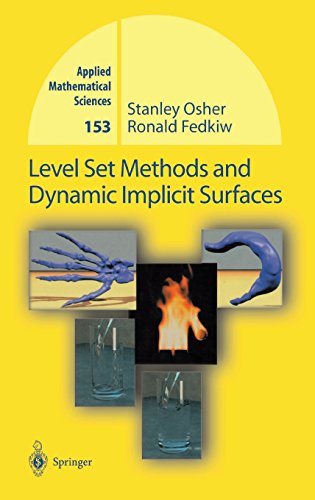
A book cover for Level Set Methods and Dynamic Implicit Surfaces (Applied Mathematical Sciences); Stanley Osher; Science & Math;